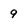
Character: 9